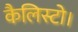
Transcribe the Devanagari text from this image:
कैलिस्टो।